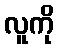
လူကို